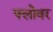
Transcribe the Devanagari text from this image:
फ्लोवर